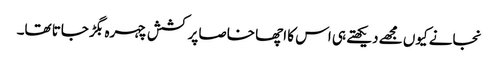
نجانے کیوں مجھے دیکھتے ہی اس کا اچھا خاصا پرکشش چہرہ بگڑ جاتا تھا۔